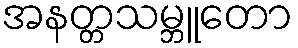
အနတ္တသမ္ဘူတော